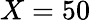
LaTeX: X=50